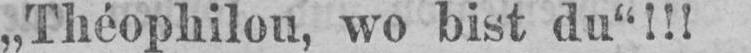
„Théophilou, wo bist du“!!!